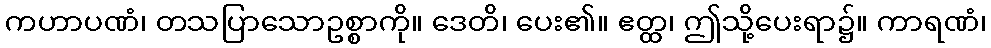
ကဟာပဏံ၊ တသပြာသောဥစ္စာကို။ ဒေတိ၊ ပေး၏။ ဧတ္ထ၊ ဤသို့ပေးရာ၌။ ကာရဏံ၊